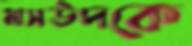
মাসউদকে